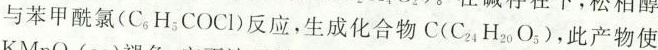
与苯甲酰氯（C_{6}H_{5}COCl）反应，生成化合物C（C_{24}H_{20}O_{5}）,此产物使